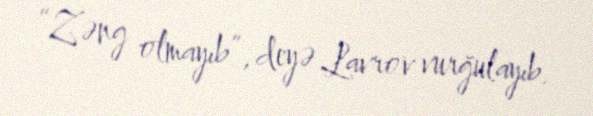
“Zəng olmayıb”, deyə Lavrov vurğulayıb.